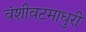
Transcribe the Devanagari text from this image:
वंशीवटमाधुरी